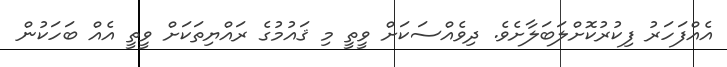
އެއްފަހަރު ފިކުރުކޮށްލަބަލާށެވެ. ދިވެއްސަކަށް ވީތީ މި ޤައުމުގެ ރައްޔިތަކަށް ވީތީ އެއް ބަހަކުން